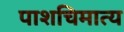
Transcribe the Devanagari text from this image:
पाशचिमात्य